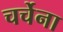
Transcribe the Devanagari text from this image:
चर्चेना